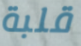
قلبة